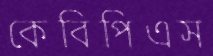
কেবিপিএস